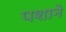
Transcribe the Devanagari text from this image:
पशाने